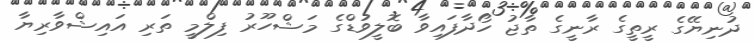
ދުނިޔޭގެ ރީތީގެ ރާނީގެ ތާޖު ހޯދާފައިވާ ބޮލީވުޑްގެ މަޝްހޫރު ފިލްމީ ތަރި އައިޝްވާރިޔާ